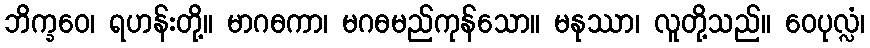
ဘိက္ခဝေ၊ ရဟန်းတို့။ မာဂဓကာ၊ မဂဓမည်ကုန်သော။ မနုဿာ၊ လူတို့သည်။ ဝေပုလ္လံ၊